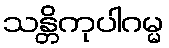
သန္တိကုပါဂမ္မ